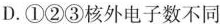
D.①②③核外电子数不同